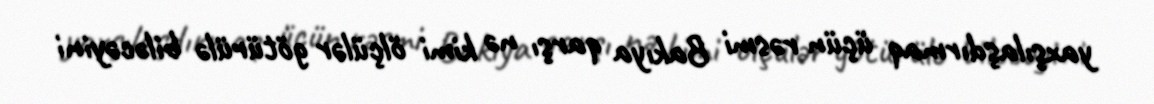
yaxşılaşdırmaq üçün rəsmi Bakıya qarşı nə kimi ölçülər götürülə biləcəyini